Riigikantselei, lk 187
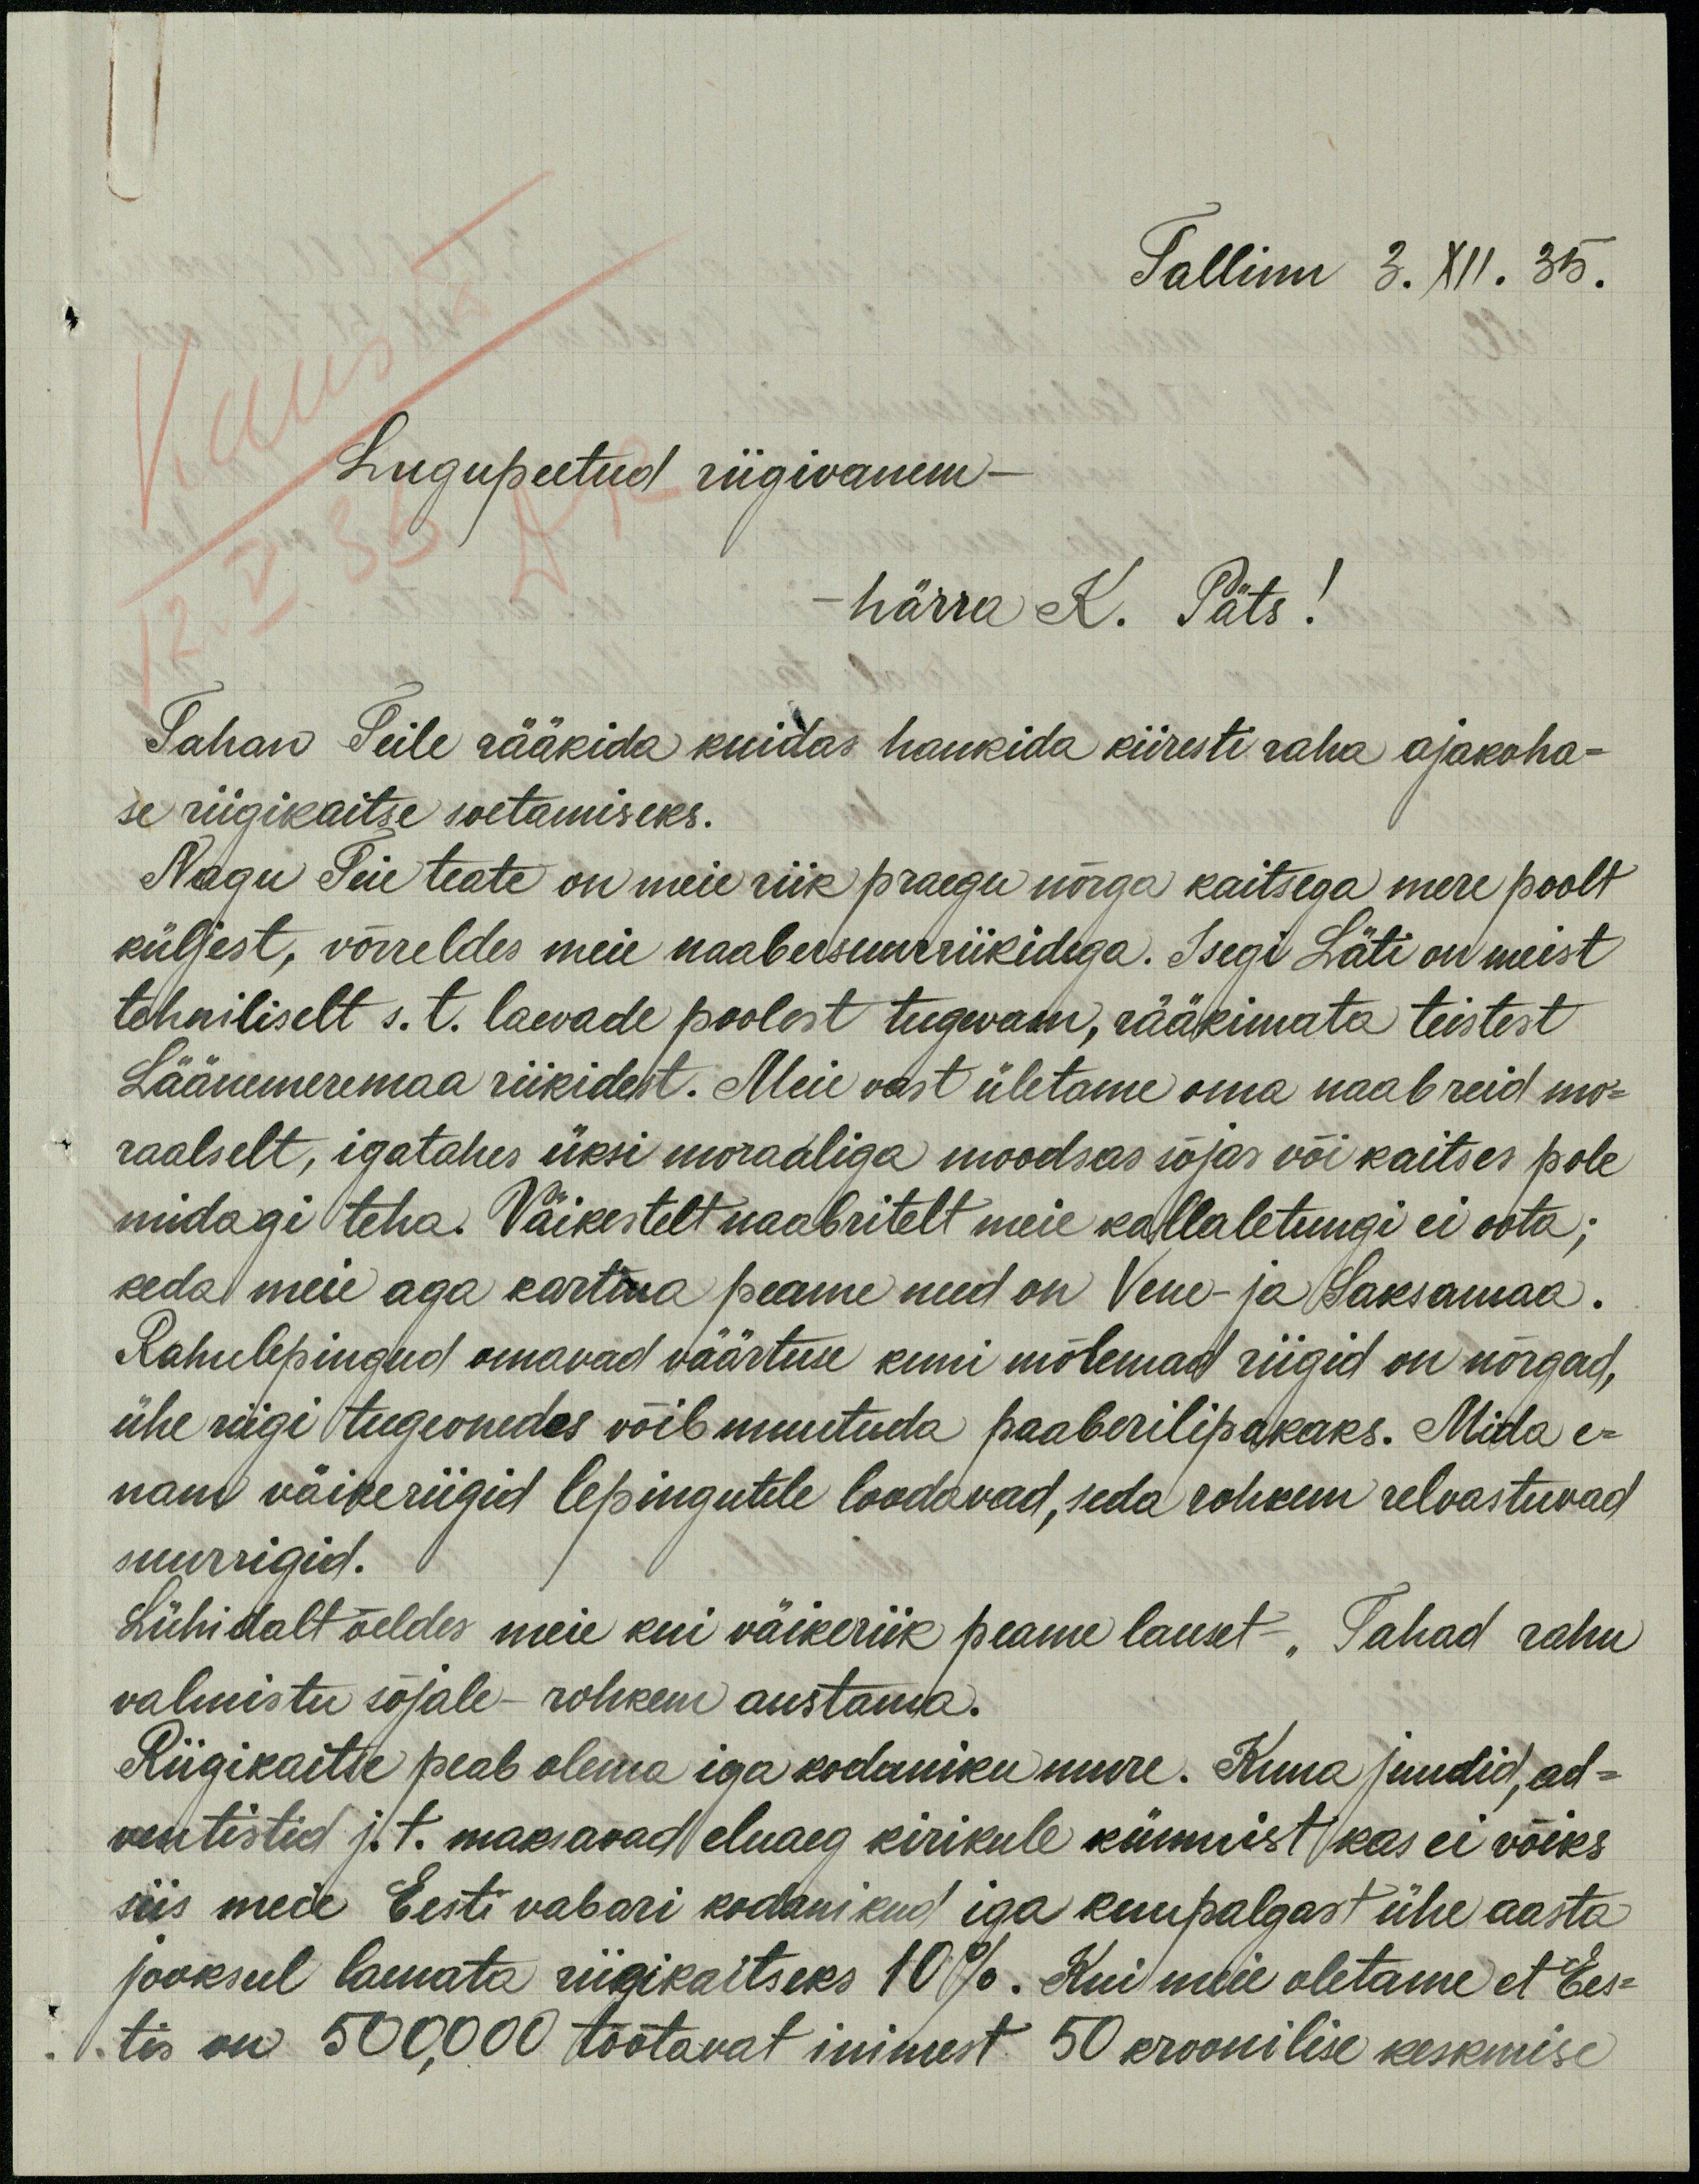
Tallinn 3. XII. 35.
Lugupeetud riigivanem -
härra K. Päts!
Tahan Teile rääkida kuidas hankida kiiresti raha ajakoha-
se riigikaitse soetamiseks.
Nagu Teie teate on meie riik praegu nõrga kaitsega mere poolt
küljest, võrreldes meie naabersuurriikidega. Isegi Läti on meist
tehniliselt s.t. laevade poolest tugevam, rääkimata teistest
Läänemeremaa riikidest. Meie vast ületame oma naabreid mo-
raalselt, igatahes üksi moraaliga moodsas sõjas või kaitses pole
midagi teha. Väikestelt naabritelt meie kallaletungi ei oota;
keda meie aga kartma peame need on Vene- ja Saksamaa.
Rahulepingud omavad väärtuse kuni mõlemad riigid on nõrgad,
ühe riigi tugevnedes võib muutuda paaberilipakaks. Mida e-
nam väikeriigid lepingutele loodavad, seda rohkem relvastuvad
suurrigid.
Lühidalt öeldes meie kui väikeriik peame lauset - "Tahad rahu
valmistu sõjale - rohkem austama.
Riigikaitse peab olema iga kodaniku mure. Kuna juudid, ad-
ventistid j.t. maksavad eluaeg kirikule kümnist kas ei võiks
siis meie Eesti vabari kodanikud iga kuupalgast ühe aasta
jooksul laenata riigikaitseks 10 %. Kui meie oletame et Ees-
tis on 500,000 tõõtavat inimest 50 kroonilise keskmise